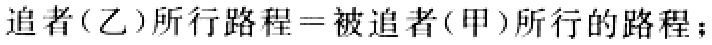
追者(乙)所行路程=被追者(甲)所行的路程；